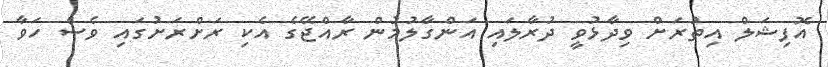
އޮފިޝަލް އިތުރަށް ވިދާޅުވީ ދުރާލައި އަންގާލުމުން ރާއްޖޭގެ އެކި ރަށްރަށުގައި ވެސް ހަވާ